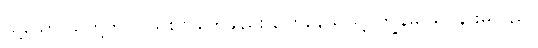
သို့သော် သူတို့ကပြင်သစ်လိုတွေချည်း ပြောနေသဖြင့် ကျွန်မ သိပ်နားမလည်။